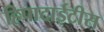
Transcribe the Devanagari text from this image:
हिपाटाईटीस